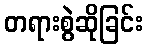
တရားစွဲဆိုခြင်း